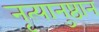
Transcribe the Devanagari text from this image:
नृत्यानुष्ठान